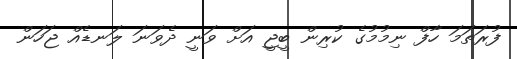
ފުރަތަމަ ހާފް ނިމުމުގެ ކުރިން ބީޖީ އަށް ވަނީ ދެވަނަ ލަނޑެއް ޖަހަން